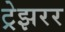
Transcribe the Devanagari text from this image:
ट्रेझरर